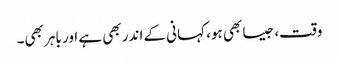
وقت، جیسا بھی ہو، کہانی کے اندر بھی ہے اور باہر بھی۔